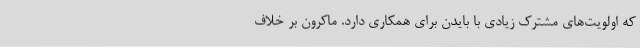
که اولویت‌های مشترک زیادی با بایدن برای همکاری دارد. ماکرون بر خلاف